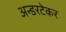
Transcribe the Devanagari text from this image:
अन्डरटेकर